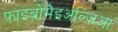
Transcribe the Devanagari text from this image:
फाइब्रोमैइअल्जिआ